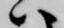
ハ